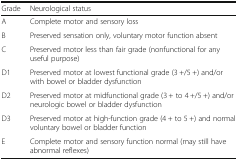
| Grade | Neurological status |
 | --- | --- |
 | A | Complete motor and sensory loss |
 | B | Preserved sensation only, voluntary motor function absent |
 | C | Preserved motor less than fair grade (nonfunctional for any useful purpose) |
 | D1 | Preserved motor at lowest functional grade (3 +/5 +) and/or with bowel or bladder dysfunction |
 | D2 | Preserved motor at midfunctional grade (3 + to 4 +/5 +) and/or neurologic bowel or bladder dysfunction |
 | D3 | Preserved motor at high-function grade (4 + to 5 +) and normal voluntary bowel or bladder function |
 | E | Complete motor and sensory function normal (may still have abnormal reflexes) |